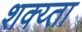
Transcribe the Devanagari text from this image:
शक्य्ता